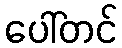
ပေါ်တင်